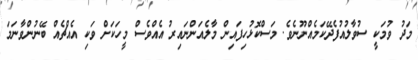
މަދު ވުމަކީ ސުވާލުއުފެދޭކަމެއްނޫނެވެ. މަސްކޮޅުހިފައިން މާލެއަންނައިރު އެއްވެސް މީހަކަށް ވަކި އެއްޗެއް ބޭނުންވާނަމަ